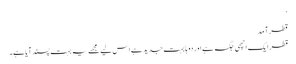
‘
قطر آمد
قطر ایک اچھی جگہ ہے اور دوہا بہت جدید ہے اس لیے مجھے یہ بہت پسند آیا ہے۔